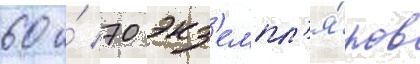
60 и́ 70 экз'емпл'я́ров